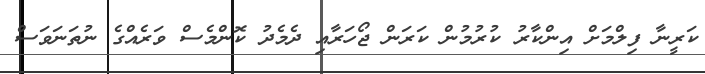
ކަރީނާ ފިލްމަށް އިންކާރު ކުރުމުން ކަރަން ޖޯހަރާއި ދެމެދު ކޮންމެސް ވަރެއްގެ ނުތަނަވަސް